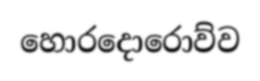
හොරදොරොව්ව